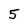
Character: 5